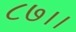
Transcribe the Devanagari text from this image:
८७।।